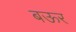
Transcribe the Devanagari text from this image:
बऊर